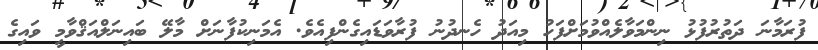
ފުރަމާނަ ދަތުރުފުޅު ނިންމަވާލެއްވުމަށްފަހު މިއަދު ހެނދުނު ފުރާވަޑައިގެންފިއެވެ. އެމަނިކުފާނަށް މާލޭ ބައިނަލްއަޤްވާމީ ވައިގެ